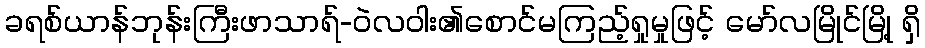
ခရစ်ယာန်ဘုန်းကြီးဖာသာရ်-ဝဲလဝါး၏စောင်မကြည့်ရှုမှုဖြင့် မော်လမြိုင်မြို့ ရှိ